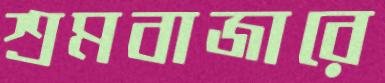
শ্রমবাজারে